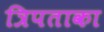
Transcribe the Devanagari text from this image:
त्रिपताका